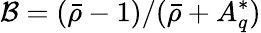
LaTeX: \mathcal{B}=(\bar{\rho}-1)/(\bar{\rho}+A_{q}^{*})